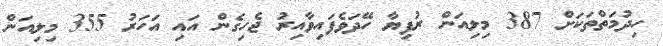
ހިދުމަތްތަކަށް 387 މިލިއަން ރުފިޔާ ހޭދަވެފައިވާއިރު ޖެހިގެން އައި އަހަރު 355 މިލިއަން